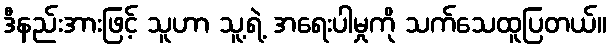
ဒီနည်းအားဖြင့် သူဟာ သူ့ရဲ့ အရေးပါမှုကို သက်သေထူပြတယ်။